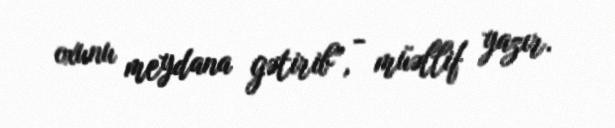
oxunu meydana gətirib”, - müəllif yazır.